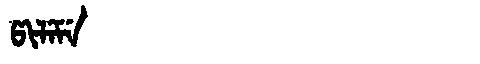
Manchu: ᡦᡳᠯᡝᠮᡝ
Romanization: PILEME